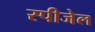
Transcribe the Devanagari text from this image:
स्पीजेल